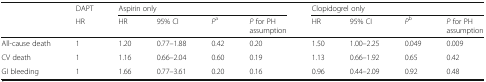
<table><thead><tr><td rowspan="2"></td><td><b>DAPT</b></td><td colspan="4"><b>Aspirin only</b></td><td colspan="4"><b>Clopidogrel only</b></td></tr><tr><td><b>HR</b></td><td><b>HR</b></td><td><b>95% CI</b></td><td><b><i>P</i><sup>a</sup></b></td><td><b><i>P</i> for PH assumption</b></td><td><b>HR</b></td><td><b>95% CI</b></td><td><b><i>P</i><sup>b</sup></b></td><td><b><i>P</i> for PH assumption</b></td></tr></thead><tbody><tr><td>All-cause death</td><td>1</td><td>1.20</td><td>0.77–1.88</td><td>0.42</td><td>0.20</td><td>1.50</td><td>1.00–2.25</td><td>0.049</td><td>0.009</td></tr><tr><td>CV death</td><td>1</td><td>1.16</td><td>0.66–2.04</td><td>0.60</td><td>0.19</td><td>1.13</td><td>0.66–1.92</td><td>0.65</td><td>0.42</td></tr><tr><td>GI bleeding</td><td>1</td><td>1.66</td><td>0.77–3.61</td><td>0.20</td><td>0.16</td><td>0.96</td><td>0.44–2.09</td><td>0.92</td><td>0.48</td></tr></tbody></table>